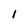
Character: i